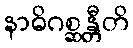
နာဓိဂစ္ဆန္တီတိ